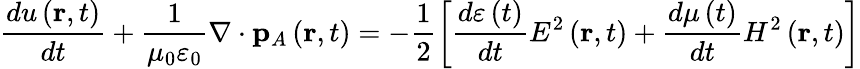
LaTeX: \frac{du\left(\mathbf{r},t\right)}{dt}+\frac{1}{\mu_{0}\varepsilon_{0}}\nabla\cdot\mathbf{p}_{A}\left(\mathbf{r},t\right)=-\frac{1}{2}\left[\frac{d\varepsilon\left(t\right)}{dt}E^{2}\left(\mathbf{r},t\right)+\frac{d\mu\left(t\right)}{dt}H^{2}\left(\mathbf{r},t\right)\right]